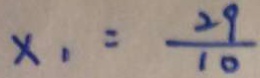
x _ { 1 } = \frac { 2 9 } { 1 0 }